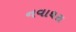
નવાઘરા